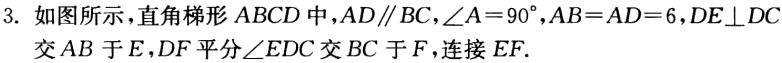
3. 如图所示，直角梯形 \(ABCD\) 中，\(AD\parallel BC\)，\(\angle A = 90^{\circ}\)，\(AB = AD = 6\)，\(DE\perp DC\)交 \(AB\) 于 \(E\)，\(DF\) 平分\(\angle EDC\)交 \(BC\) 于 \(F\)，连接 \(EF\).